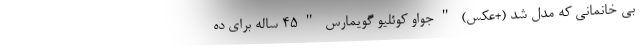
بی خانمانی که مدل شد (+عکس) "جواو کوئلیو گویمارس "۴۵ ساله برای ده